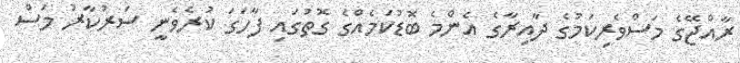
ރާއްޖޭގެ މަސްވެރިކަމުގެ ދާއިރާގެ އެންމެ ބޮޑުކަމެއްގެ ގޮތުގައި ފާހަގަ ކުރެވެނީ ސަރުކާރު މަސް